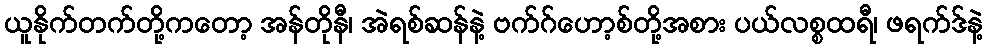
ယူနိုက်တက်တို့ကတော့ အန်တိုနီ၊ အဲရစ်ဆန်နဲ့ ဗက်ဂ်ဟော့စ်တို့အစား ပယ်လစ္စထရီ၊ ဖရက်ဒ်နဲ့